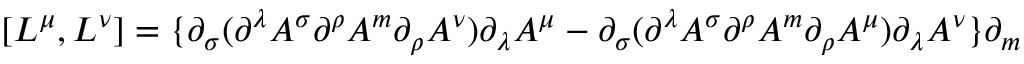
[ L ^ { \mu } , L ^ { \nu } ] = \{ \partial _ { \sigma } ( \partial ^ { \lambda } A ^ { \sigma } \partial ^ { \rho } A ^ { m } \partial _ { \rho } A ^ { \nu } ) \partial _ { \lambda } A ^ { \mu } - \partial _ { \sigma } ( \partial ^ { \lambda } A ^ { \sigma } \partial ^ { \rho } A ^ { m } \partial _ { \rho } A ^ { \mu } ) \partial _ { \lambda } A ^ { \nu } \} \partial _ { m }